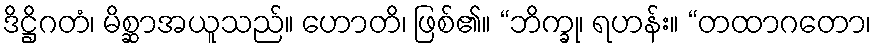
ဒိဋ္ဌိဂတံ၊ မိစ္ဆာအယူသည်။ ဟောတိ၊ ဖြစ်၏။ “ဘိက္ခု၊ ရဟန်း။ “တထာဂတော၊